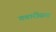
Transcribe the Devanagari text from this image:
गबारीसय